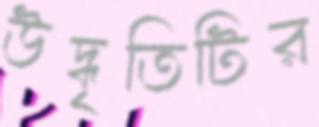
উদ্ধৃতিটির